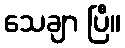
သေချာ ပြီ။